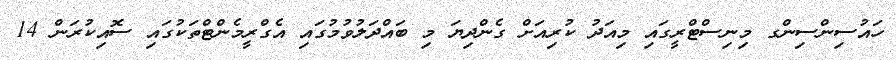
ހައުސިންސިންގ މިނިސްޓްރީގައި މިއަދު ކުރިއަށް ގެންދިޔަ މި ބައްދަލުވުމުގައި އެގްރީމެންޓްތަކުގައި ސޮއިކުރަން 14